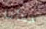
خطأنا